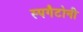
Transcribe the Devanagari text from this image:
स्पगैटोनी